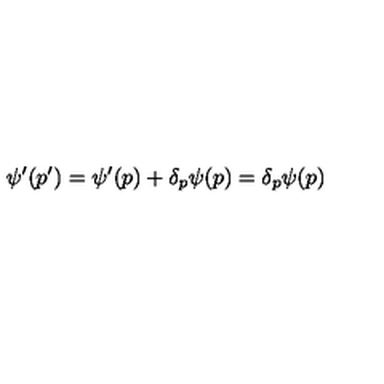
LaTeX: \psi ^ { \prime } ( p ^ { \prime } ) = \psi ^ { \prime } ( p ) + \delta _ { p } \psi ( p ) = \delta _ { p } \psi ( p )